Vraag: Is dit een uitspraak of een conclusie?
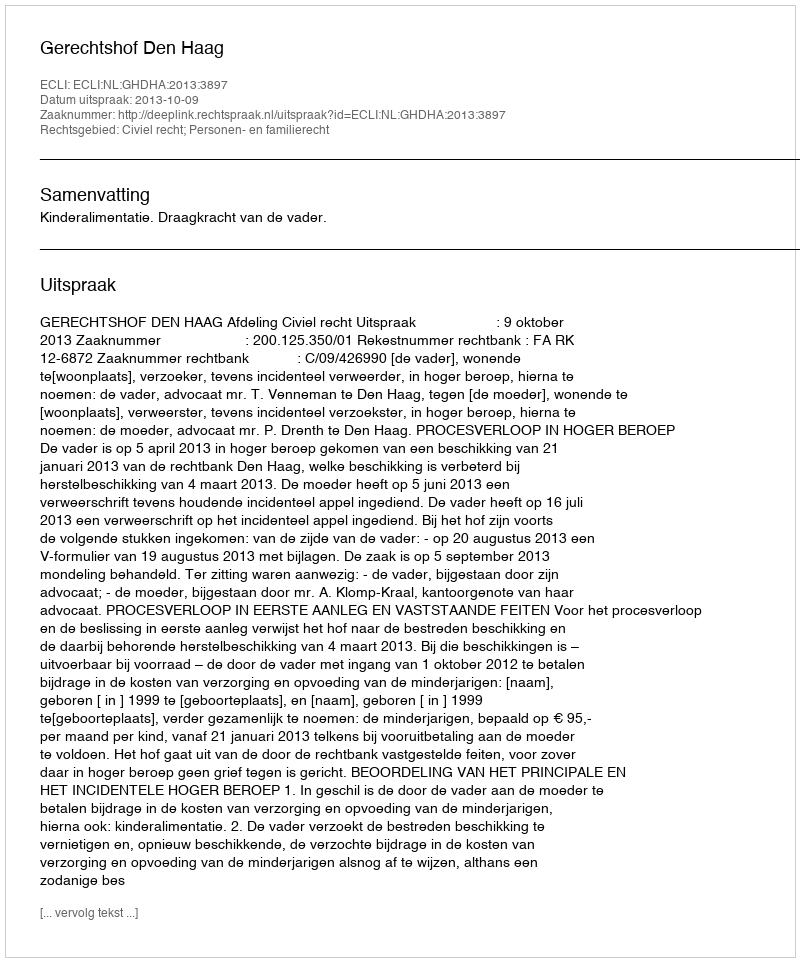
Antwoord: Uitspraak